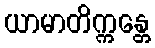
ယာမာတိက္ကန္တေ